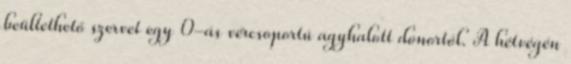
beültethető szervet egy 0-ás vércsoportú agyhalott donortól. A hétvégén